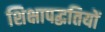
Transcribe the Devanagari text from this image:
शिक्षापद्धतियों